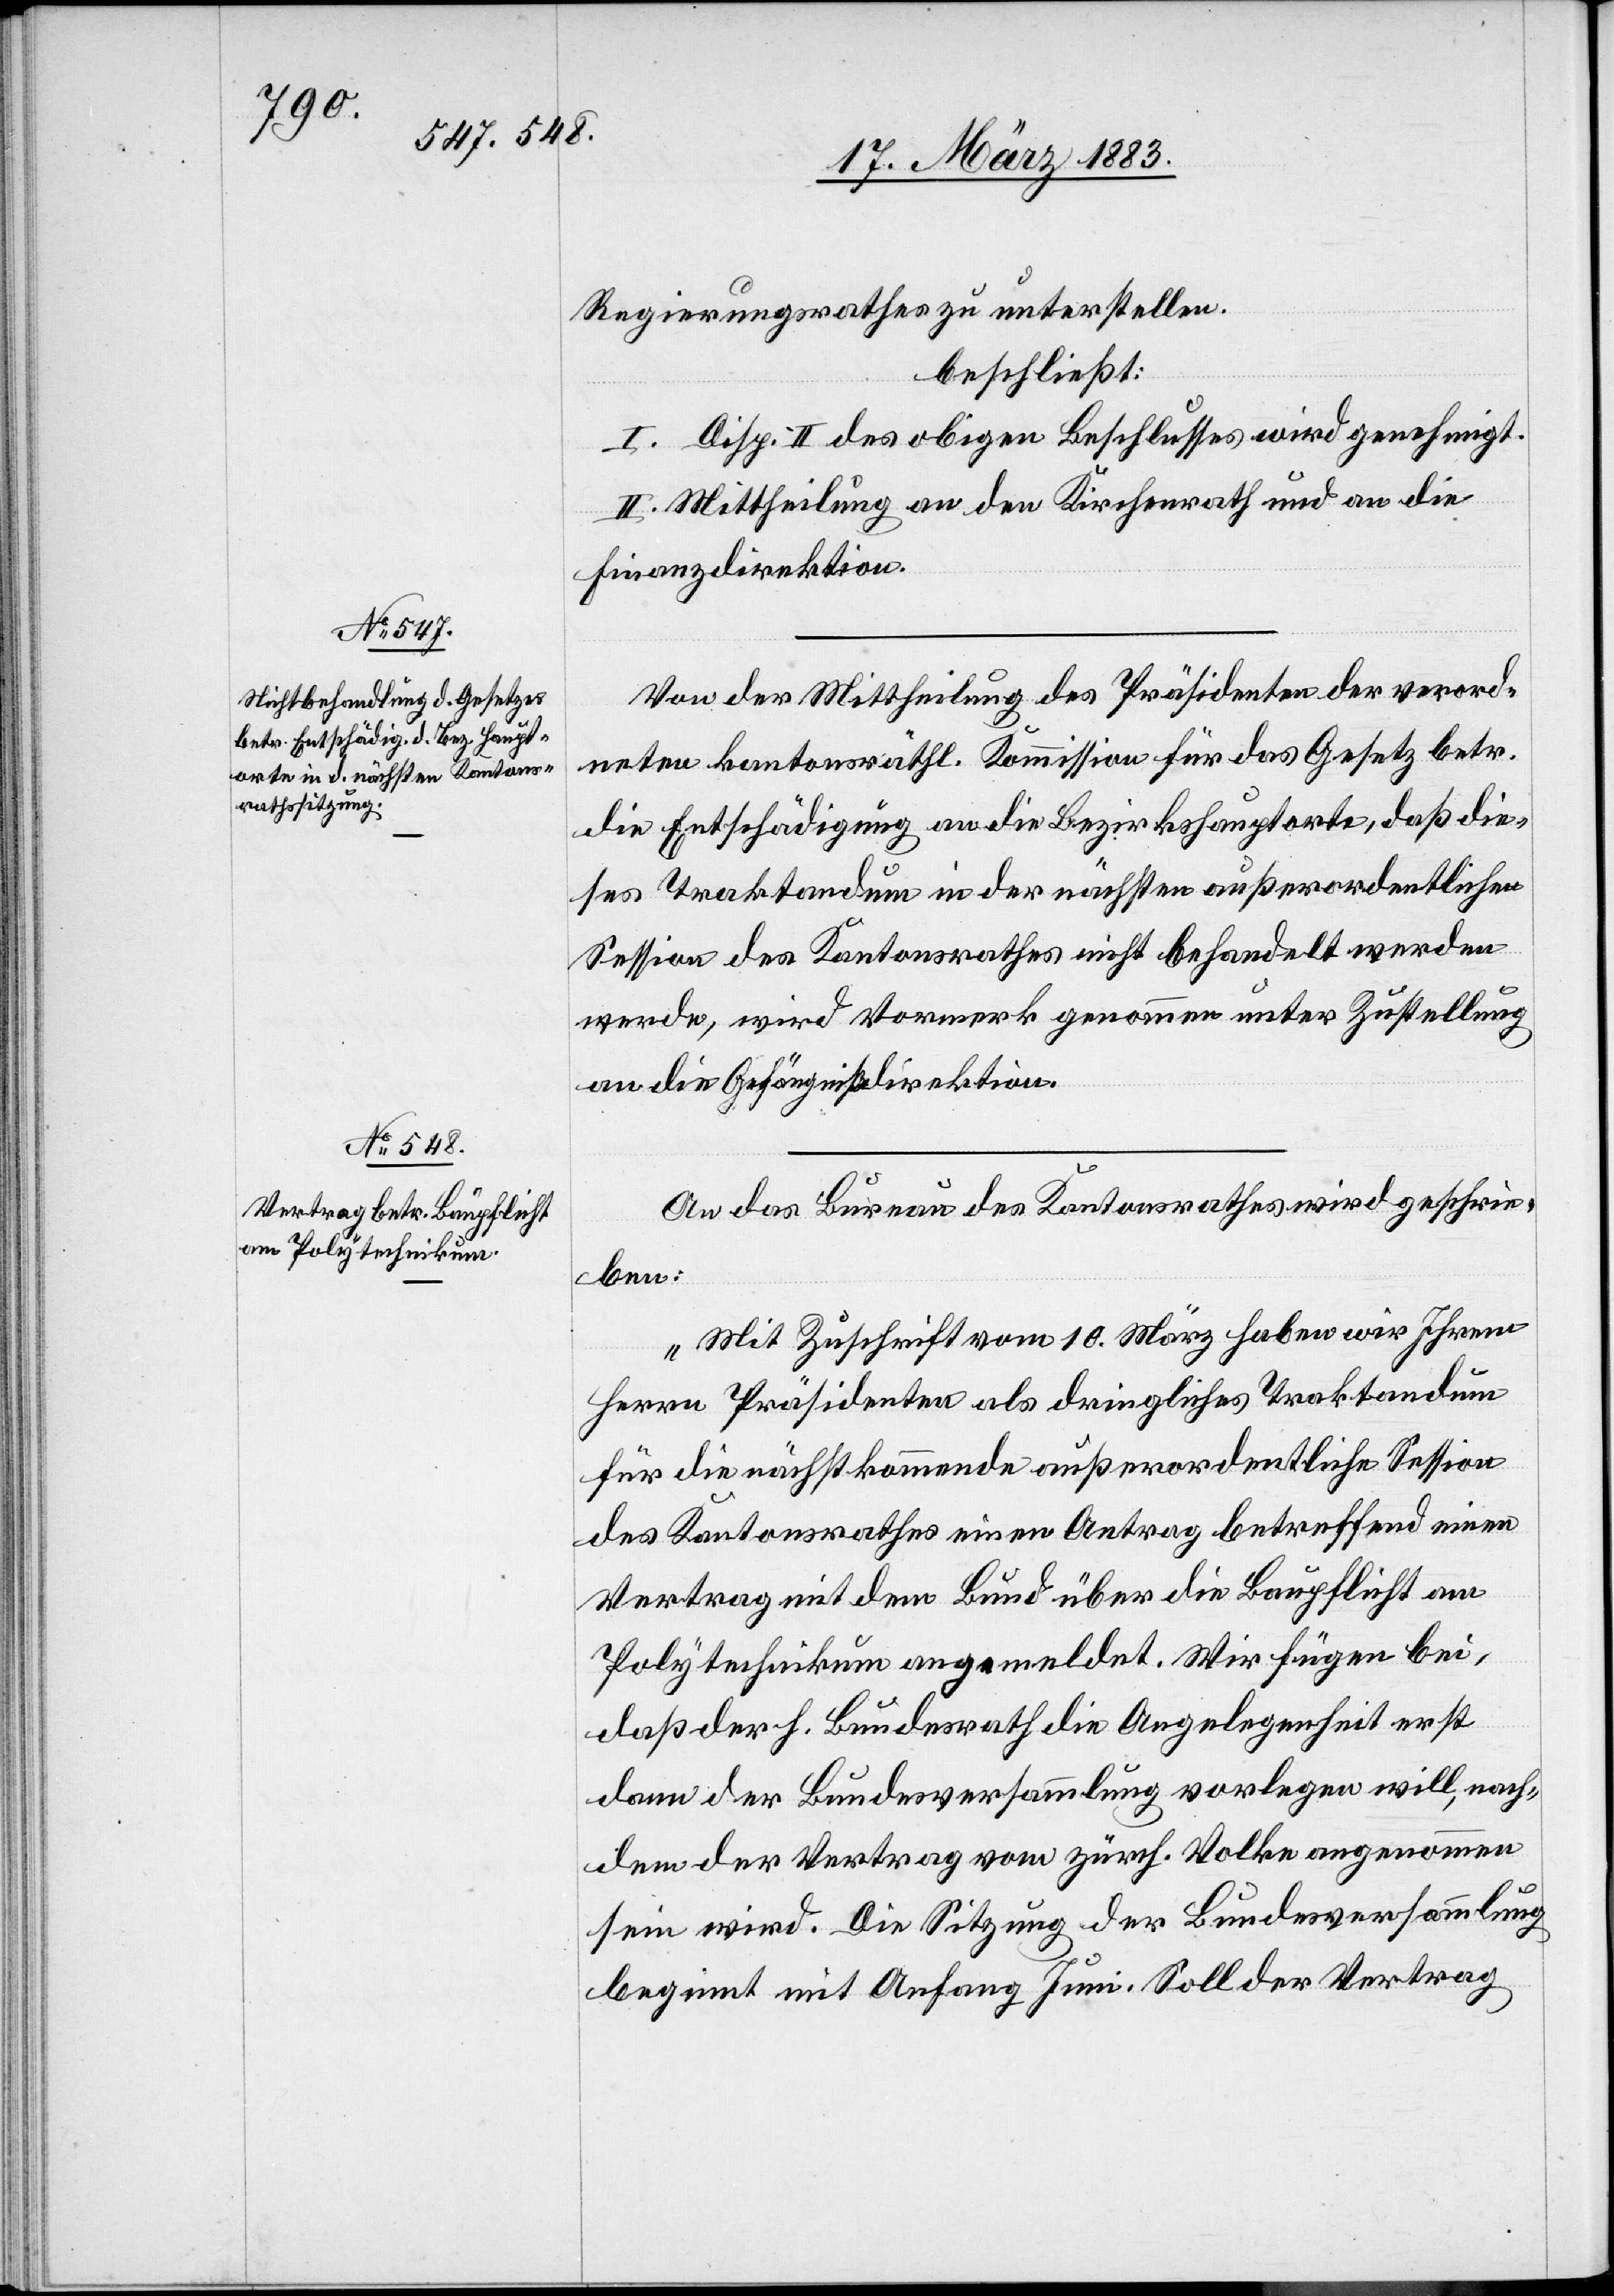
Regierungsrathes zu unterstellen.
beschließt:
I. Disp. II des obigen Beschlusses wird genehmigt.
II. Mittheilung an den Kirchenrath und an die
Finanzdirektion.
Von der Mittheilung des Präsidenten der verord¬
neten kantonsräthl. Kommission für das Gesetz betr.
die Entschädigung an die Bezirkshauptorte, daß die¬
ses Traktandum in der nächsten außerordentlichen
Session des Kantonsrathes nicht behandelt werden
werde, wird Vormerk genommen unter Zustellung
an die Gefängnißdirektion.
An das Bureau des Kantonsrathes wird geschrie¬
ben:
„Mit Zuschrift vom 10. März haben wir Ihrem
Herrn Präsidenten als dringliches Traktandum
für die nächstkommende außerordentliche Session
des Kantonsrathes einen Antrag betreffend einen
Vertrag mit dem Bund über die Baupflicht am
Polytechnikum angemeldet. Wir fügen bei,
daß der h. Bundesrath die Angelegenheit erst
dann der Bundesversammlung vorlegen will, nach¬
dem der Vertrag vom zürch. Volke angenommen
sein wird. Die Sitzung der Bundesversammlung
beginnt mit Anfang Juni. Soll der Vertrag